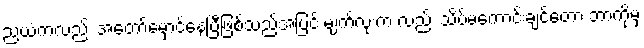
ညယံကလည်း အတော်မှောင်နေပြီဖြစ်သည့်အပြင် မျက်လုံးက လည်း သိပ်မကောင်းချင်တော့ ဘာကိုမှ